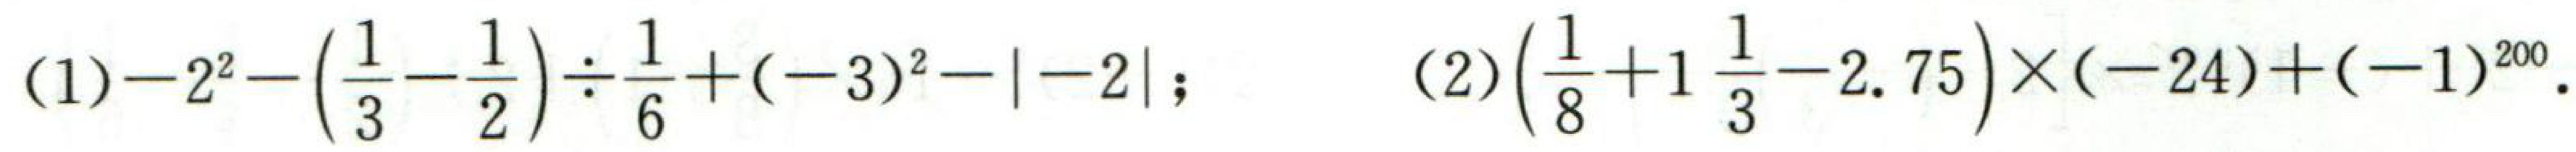
(1) \(-2^{2}-\left(\dfrac{1}{3}-\dfrac{1}{2}\right)\div\dfrac{1}{6}+(-3)^{2}-\vert - 2\vert\); (2) \(\left(\dfrac{1}{8}+1\dfrac{1}{3}-2.75\right)\times(-24)+(-1)^{20}\).